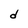
Character: d